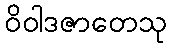
ဝိဝါဒဇာတေသု